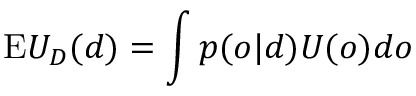
{ \mathrm { E } } U _ { D } ( d ) = \int { p ( o | d ) U ( o ) d o }